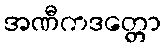
အဏီကဒတ္တော